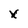
Character: x